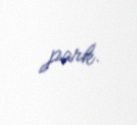
park.